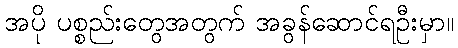
အပို ပစ္စည်းတွေအတွက် အခွန်ဆောင်ရဦးမှာ။